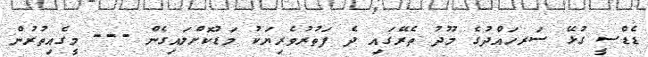
ޑެޑްސީ ގުޅޭ ސަރހައްދުގެ މޫދު ތެރޭގައި ދެ ފަތުރުވެރިޔަކު މަޑުކޮށްލައިގެން --- މީގެއިތުރުން